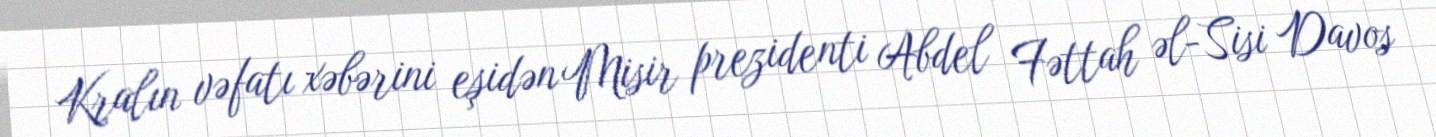
Kralın vəfatı xəbərini eşidən Misir prezidenti Abdel Fəttah əl-Sisi Davos